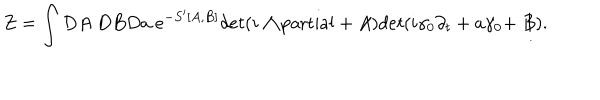
LaTeX: Z = \int D A ~ D B D a ~ e ^ { - S ^ { \prime } [ A , B ] } d e t ( i \raise . 1 5 e x \mathrm { ~ / ~ } \kern - . 5 7 e m \mathrm { ~ \partial ~ } + \not \! \! A ) d e t ( i \gamma _ { 0 } \partial _ { t } + a \gamma _ { 0 } + \not \! \! B ) .